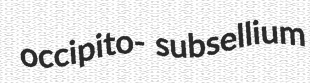
occipito- subsellium